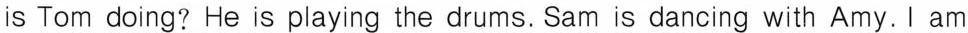
is Tom doing? He is playing the drums. Sam is dancing with Amy. I am